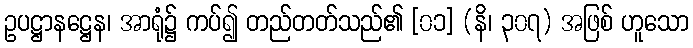
ဥပဋ္ဌာနဋ္ဌေန၊ အာရုံ၌ ကပ်၍ တည်တတ်သည်၏ [၀၁] (နိ၊ ၃၀၇) အဖြစ် ဟူသော